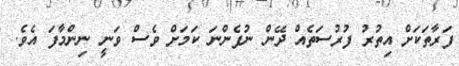
ފަރާތަކަށް އިތުރު ފުރުސަތެއް ދޭން ނުފެންނަ ކަމަށް ވެސް ވަނީ ނިންމާފަ އެވެ.